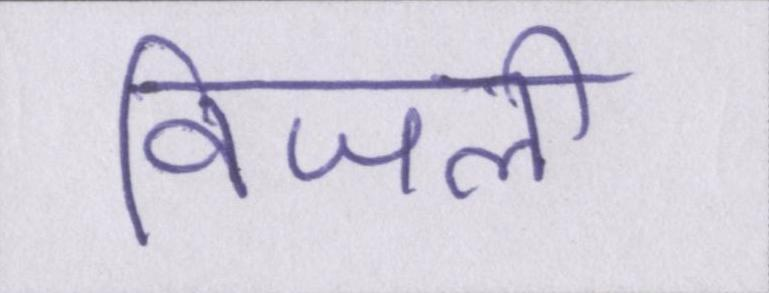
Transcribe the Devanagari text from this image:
विजली